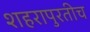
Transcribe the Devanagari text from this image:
शहरापुरतीच